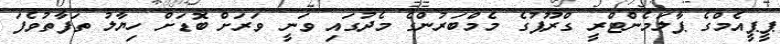
ޕީޕީއެމްގެ ޕާލަމެންޓްރީ ގްރޫޕުގެ މެމްބަރުންގެ މެދުގައި ވަނީ ވަރަށް ބޮޑަށް ހިޔާލު ތަފާތުވެފަ